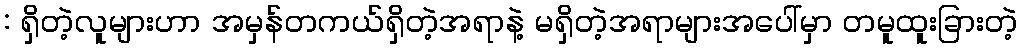
: ရှိတဲ့လူများဟာ အမှန်တကယ်ရှိတဲ့အရာနဲ့ မရှိတဲ့အရာများအပေါ်မှာ တမူထူးခြားတဲ့